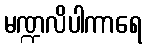
မဏ္ဍလိပါကာရေ